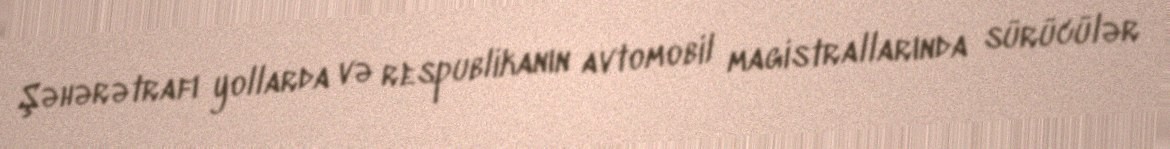
Şəhərətrafı yollarda və respublikanın avtomobil magistrallarında sürücülər